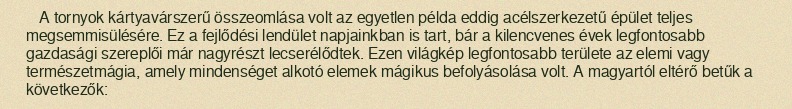
A tornyok kártyavárszerű összeomlása volt az egyetlen példa eddig acélszerkezetű épület teljes megsemmisülésére. Ez a fejlődési lendület napjainkban is tart, bár a kilencvenes évek legfontosabb gazdasági szereplői már nagyrészt lecserélődtek. Ezen világkép legfontosabb területe az elemi vagy természetmágia, amely mindenséget alkotó elemek mágikus befolyásolása volt. A magyartól eltérő betűk a következők: